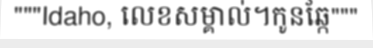
"""Idaho, លេខសម្គាល់។កូនឆ្កែ"""